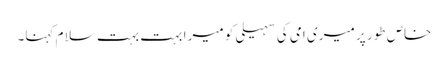
خاص طور پر میری امی کی سہیلی کو میرا بہت بہت سلا م کہنا۔